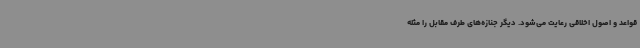
قواعد و اصول اخلاقی رعایت می‌شود. دیگر جنازه‌های طرف مقابل را مثله